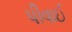
પીવાઈ